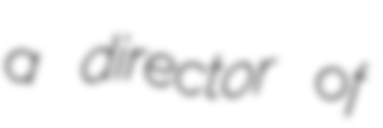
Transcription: a director of